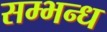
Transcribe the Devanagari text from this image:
सम्भन्ध